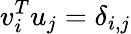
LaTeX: v_{i}^{T}u_{j}=\delta_{i,j}